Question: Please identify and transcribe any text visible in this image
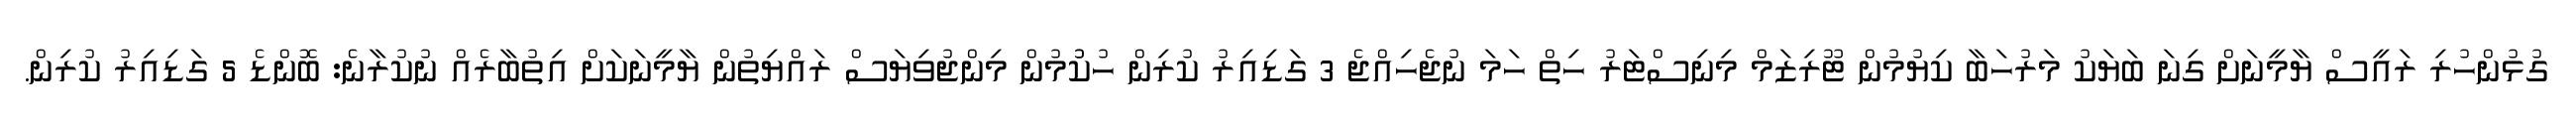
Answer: ގުޅުންހުރި ރައީސް ޔާމީނަށް ގިނަ ބަޔަކު މަރުހަބާ ކިޔުމުން ޓޫރިޒަމް މިނިސްޓަރު ހިތް ހަމަ ނުޖެހިއްޖެ 3 ގަޑިއިރު ކުރިން ހުކުުމުން މިންޖުވިޔަސް ރައްޔިތުން ޔާމީނަކަށް އިތުބާރެއް ނުކުރާނެ: ބޮންޑެ 5 ގަޑިއިރު ކުރިން.